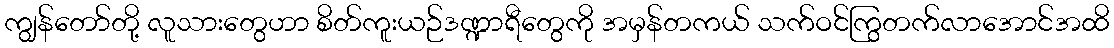
ကျွန်တော်တို့ လူသားတွေဟာ စိတ်ကူးယဉ်ဒဏ္ဍာရီတွေကို အမှန်တကယ် သက်ဝင်ကြွတက်လာအောင်အထိ